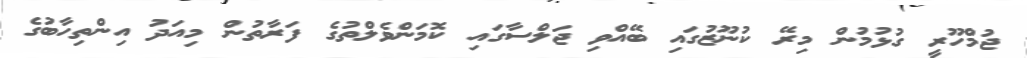
ޖުމްހޫރީ ގުޅުމުން މިރޭ ކުނޫޒުގައި ބޭއްވި ޖަލްސާގައި ކޮމަންވެލްތުގެ ފަރާތުން މިއަދު އިންތިހާބުގެ